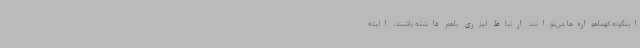
اینگونه کهماهواره‌ها می‌توانند ارتباط لیزری باهم داشته باشند، البته